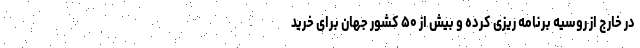
در خارج از روسیه برنامه ریزی کرده و بیش از ۵۰ کشور جهان برای خرید